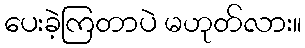
ပေးခဲ့ကြတာပဲ မဟုတ်လား။